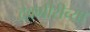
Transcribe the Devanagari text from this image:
देवगीरीच्या